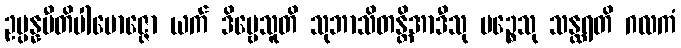
ဥပ္ပန္နပီတိပါမောဇ္ဇော ယက် ဒိဗ္ဗေသူတိ သုဘာသိတန္တိအာဒီသု မဉ္စေသု သန္ထရတိ ဂလကံ